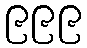
၉၉၉